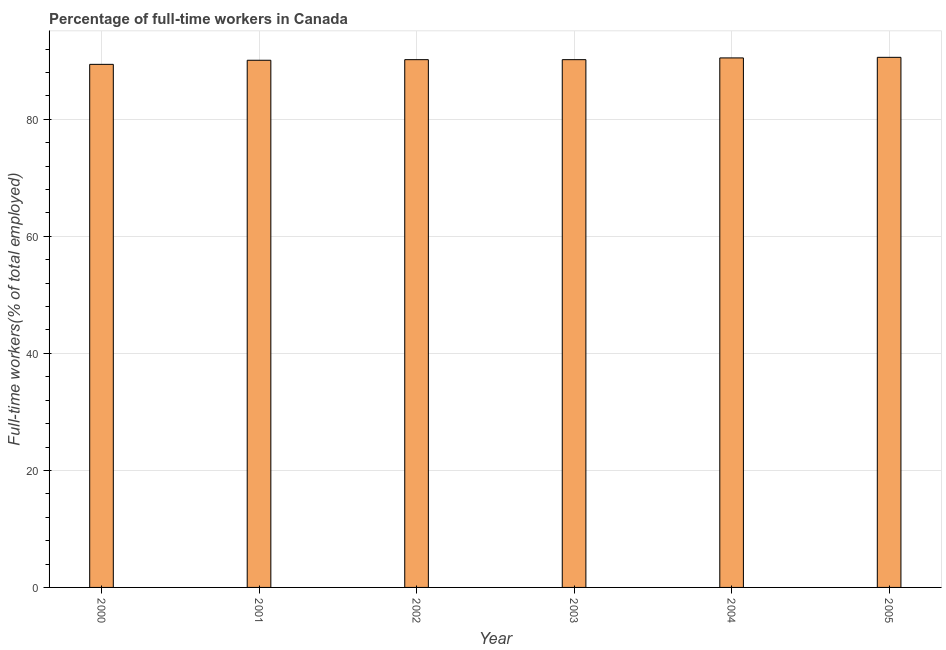
| Year | Wage and salaried workers |
 | --- | --- |
 | 2000 | 89.4 |
 | 2001 | 90.1 |
 | 2002 | 90.2 |
 | 2003 | 90.2 |
 | 2004 | 90.5 |
 | 2005 | 90.6 |